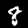
Digit: 8